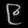
Digit: ၉